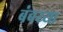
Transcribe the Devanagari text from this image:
बंबय्या